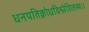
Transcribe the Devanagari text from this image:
धनपतिक्रोधविश्लेशितस्य।।